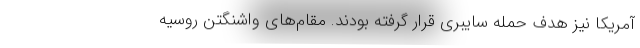
آمریکا نیز هدف حمله سایبری قرار گرفته بودند. مقام‌های واشنگتن روسیه